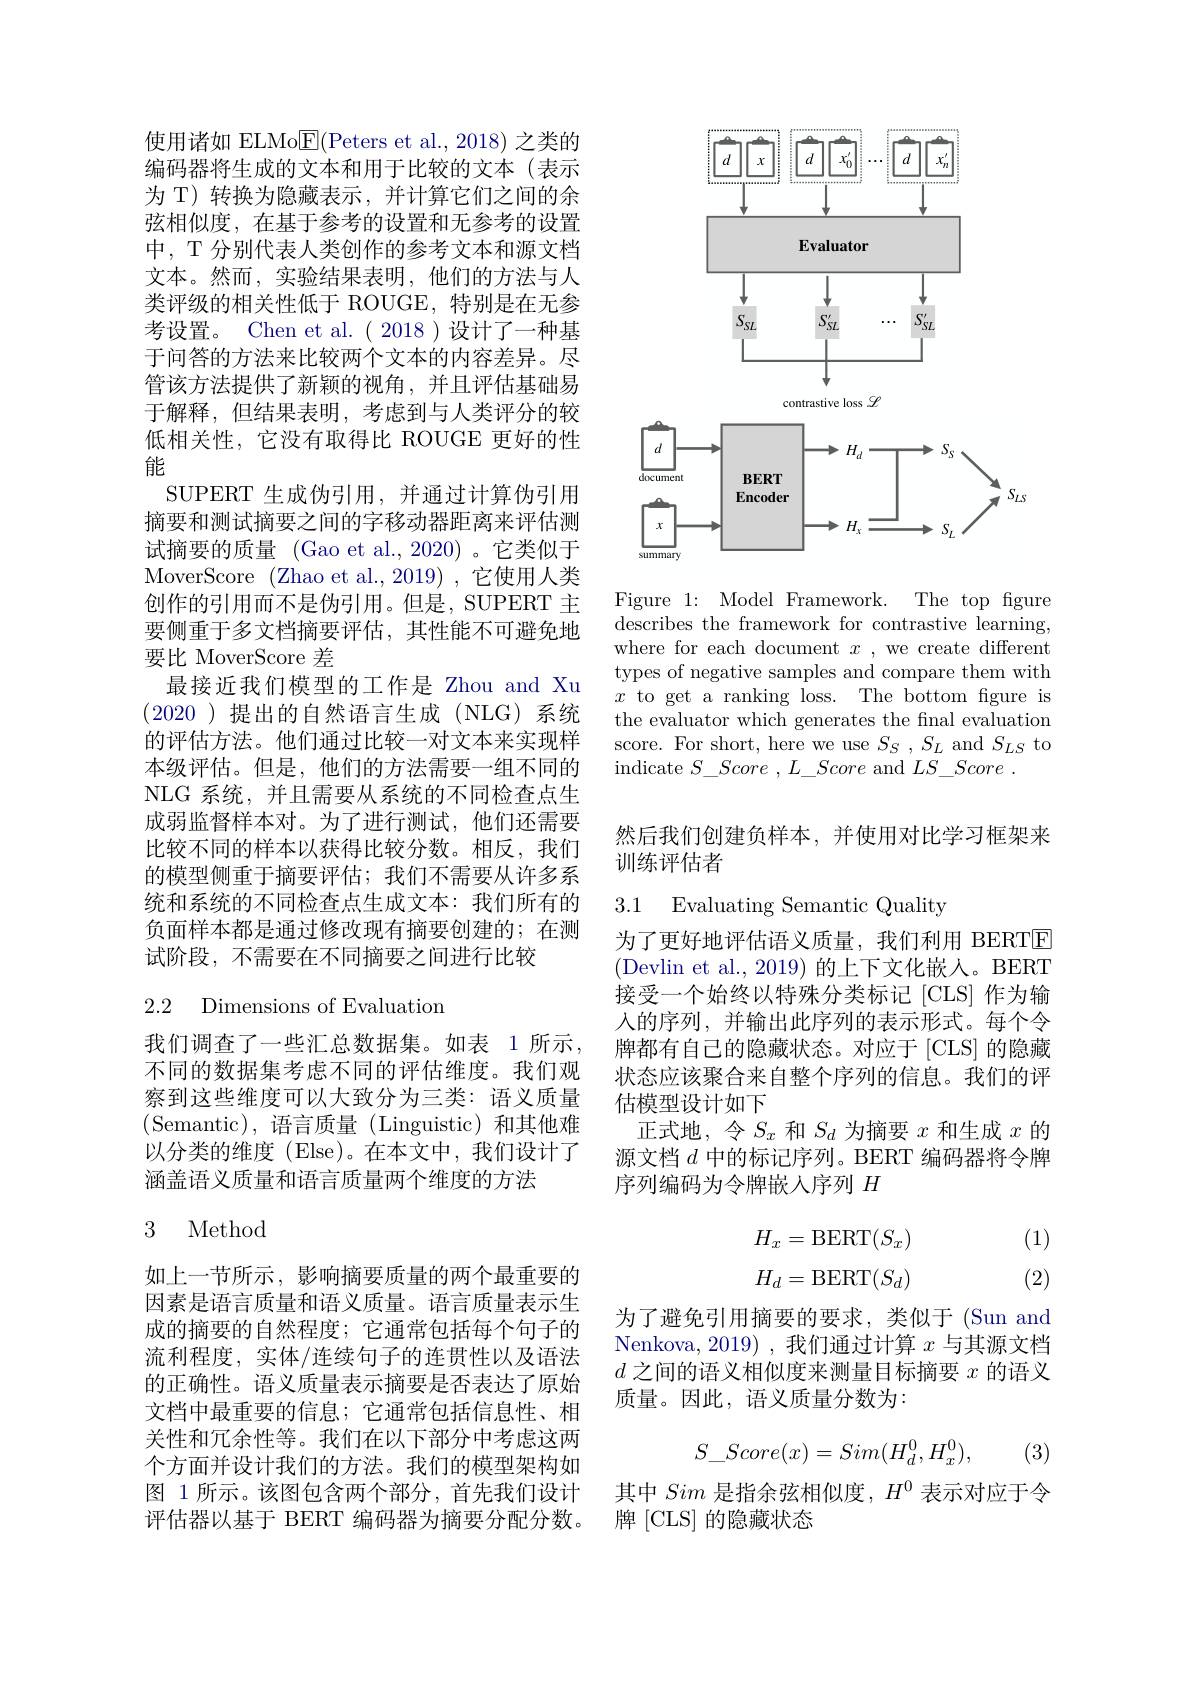
使用诸如 ELMo$\underline{\mathrm{E}}($Peters et al., 2018) 之类的编码器将生成的文本和用于比较的文本(表示为 T) 转换为隐藏表示，并计算它们之间的余弦相似度，在基于参考的设置和无参考的设置中，T 分别代表人类创作的参考文本和源文档文本。然而，实验结果表明，他们的方法与人类评级的相关性低于 ROUGE,特别是在无参考设置。Chen et al.( 2018)设计了一种基于问答的方法来比较两个文本的内容差异。尽管该方法提供了新颖的视角，并且评估基础易于解释，但结果表明，考虑到与人类评分的较低相关性，它没有取得比 ROUGE 更好的性能
SUPERT 生成伪引用，并通过计算伪引用摘要和测试摘要之间的字移动器距离来评估测试摘要的质量 (Gao et al.,2020)。它类似于MoverScore (Zhao et al.,2019) ,它使用人类创作的引用而不是伪引用。但是，SUPERT 主要侧重于多文档摘要评估，其性能不可避免地要比 MoverScore 差
最接近我们模型的工作是 Zhou and Xu (2020)提出的自然语言生成(NLG)系统的评估方法。他们通过比较一对文本来实现样本级评估。但是，他们的方法需要一组不同的NLG 系统，并且需要从系统的不同检查点生成弱监督样本对。为了进行测试，他们还需要比较不同的样本以获得比较分数。相反，我们的模型侧重于摘要评估；我们不需要从许多系统和系统的不同检查点生成文本：我们所有的负面样本都是通过修改现有摘要创建的；在测试阶段，不需要在不同摘要之间进行比较

2.2 Dimensions of Evaluation

我们调查了一些汇总数据集。如表 1 所示， 不同的数据集考虑不同的评估维度。我们观察到这些维度可以大致分为三类：语义质量(Semantic),语言质量(Linguistic)和其他难以分类的维度(Else)。在本文中，我们设计了涵盖语义质量和语言质量两个维度的方法

## 3 Method

如上一节所示，影响摘要质量的两个最重要的因素是语言质量和语义质量。语言质量表示生成的摘要的自然程度；它通常包括每个句子的流利程度，实体/连续句子的连贯性以及语法的正确性。语义质量表示摘要是否表达了原始文档中最重要的信息；它通常包括信息性、相关性和冗余性等。我们在以下部分中考虑这两个方面并设计我们的方法。我们的模型架构如图 1 所示。该图包含两个部分，首先我们设计评估器以基于 BERT 编码器为摘要分配分数。

<FigureHere>

Figure 1: Model Framework. The top figure describes the framework for contrastive learning, where for each document $x$ , we create different types of negative samples and compare them with $x$ to get a ranking loss. The bottom fgure is the evaluator which generates the final evaluation score. For short, here we use $S_S,S_L$ and $S_LS$ to ${\mathrm{indicate~}}S\_ Score$ $, L\_ Score$ ${\mathrm{and~}}LS\_ Score$ .

然后我们创建负样本，并使用对比学习框架来
训练评估者

3.1 Evaluating Semantic Quality

为了更好地评估语义质量，我们利用 BERTE (Devlin et al., 2019) 的上下文化嵌入。BERT 接受一个始终以特殊分类标记[CLS] 作为输人的序列，并输出此序列的表示形式。每个令牌都有自己的隐藏状态。对应于[CLS] 的隐藏状态应该聚合来自整个序列的信息。我们的评估模型设计如下
正式地，令$S_x$和$S_d$为摘要$x$和生成$x$的源文档$d$中的标记序列。BERT 编码器将令牌序列编码为令牌嵌人序列$H$

(1)
$$\begin{aligned}H_x&=\mathrm{BERT}(S_x)\\[2ex]H_d&=\mathrm{BERT}(S_d)\end{aligned}$$
(2)

为了避免引用摘要的要求，类似于(Sun and Nenkova, 2019) , 我们通过计算$x$与其源文档$d$之间的语义相似度来测量目标摘要$x$的语义质量。因此，语义质量分数为：
$$S_Score(x)=Sim(H_d^0,H_x^0),$$
(3)

其中Sim是指余弦相似度，$H^0$表示对应于令
牌 [CLS] 的隐藏状态